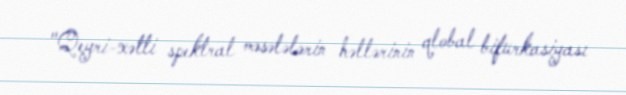
"Qeyri-xətti spektral məsələlərin həllərinin qlobal bifurkasiyası